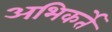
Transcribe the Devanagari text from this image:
अभिकर्ते